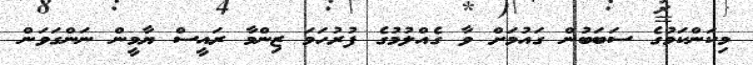
މިކަންކަމުގެ ސަބަބުން ގައުމަށް ވާ ގެއްލުމުގެ ފުރުހަމަ ޒިންމާ ރައީސް ޔާމީން ނަންގަވަން